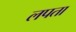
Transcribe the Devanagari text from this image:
लपता